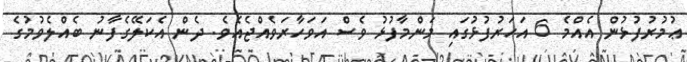
ޢުމުރުފުޅުން އެއްމެ 6 އަހަރުފުޅުގައި މަންމާފުޅު ވެސް އަވަހާރަވެއްޖެއެވެ. ދެން އެކަލޭގެފާނު ބެއްލެވުމުގެ